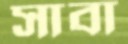
সাবা